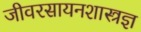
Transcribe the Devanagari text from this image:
जीवरसायनशास्त्रज्ञ